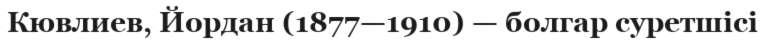
Кювлиев, Йордан (1877—1910) — болгар суретшісі